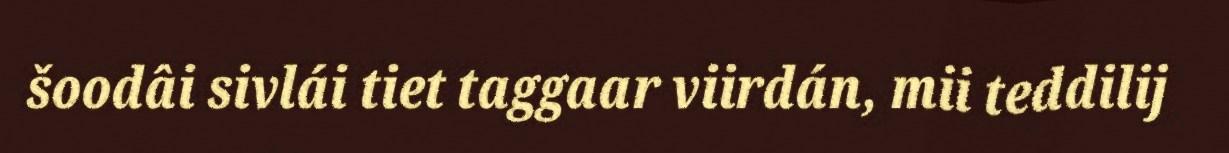
šoodâi sivlái tiet taggaar viirdán, mii teddilij